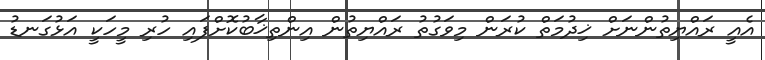
އެއީ ރައްޔިތުންނަށް ޚިދުމަތް ކުރަން މިވަގުތު ރައްޔިތުން އިންތިޚާބުކޮށްފައި ހުރި މީހަކީ އަޅުގަނޑު